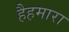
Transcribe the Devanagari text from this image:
हैहमारा